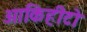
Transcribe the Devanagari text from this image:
आकिहीटो